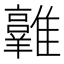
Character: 𩁛